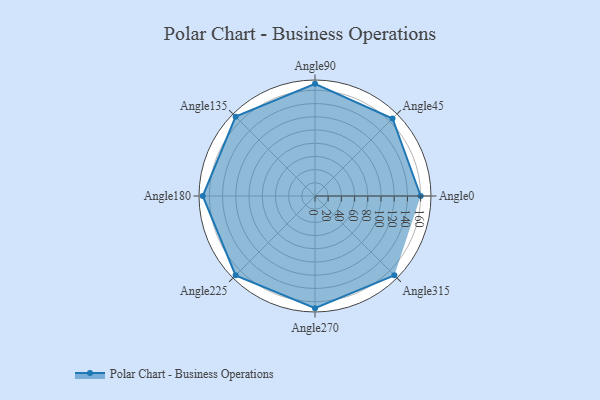
{"axis": {"x": "Angle", "y": "Radius"}, "legend": [""], "data": [{"x": "Angle0", "y": 160.0, "type": ""}, {"x": "Angle45", "y": 166.0, "type": ""}, {"x": "Angle90", "y": 170, "type": ""}, {"x": "Angle135", "y": 170, "type": ""}, {"x": "Angle180", "y": 170, "type": ""}, {"x": "Angle225", "y": 170, "type": ""}, {"x": "Angle270", "y": 170, "type": ""}, {"x": "Angle315", "y": 170, "type": ""}]}